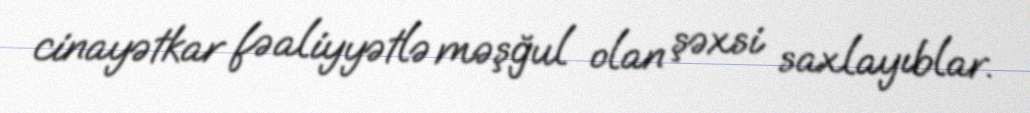
cinayətkar fəaliyyətlə məşğul olan şəxsi saxlayıblar.